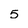
Character: 5